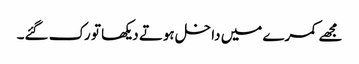
مجھے کمرے میں داخل ہوتے دیکھا تو رک گئے۔